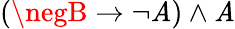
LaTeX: (\negB\to\neg\mathit{A})\land\mathit{A}